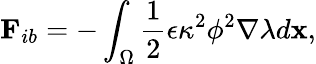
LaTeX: \mathbf{F}_{ib}=-\int_{\Omega}\frac{1}{2}\epsilon\kappa^{2}\phi^{2}\nabla\lambda d\mathbf{x},